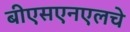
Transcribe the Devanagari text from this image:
बीएसएनएलचे